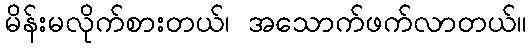
မိန်းမလိုက်စားတယ်၊ အသောက်ဖက်လာတယ်။